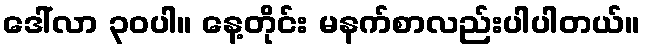
ဒေါ်လာ ၃၀ပါ။ နေ့တိုင်း မနက်စာလည်းပါပါတယ်။